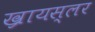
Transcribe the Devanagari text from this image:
ख्रायस्लर